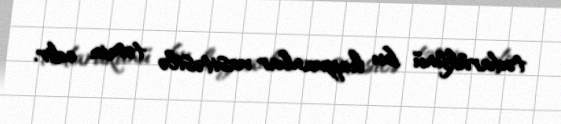
tədarükünü bu heyvanlar vasitəsilə təmin edir.